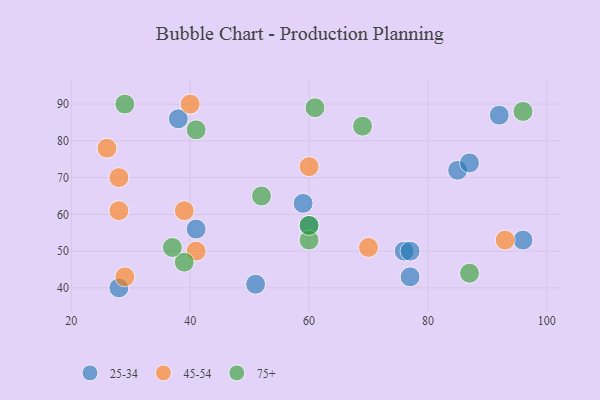
{"axis": {"x": "GDP", "y": "Life Expectancy"}, "legend": ["25-34", "45-54", "75+"], "data": [{"x": "38", "y": 86, "type": "25-34"}, {"x": "51", "y": 41, "type": "25-34"}, {"x": "60", "y": 57, "type": "25-34"}, {"x": "92", "y": 87, "type": "25-34"}, {"x": "76", "y": 50, "type": "25-34"}, {"x": "96", "y": 53, "type": "25-34"}, {"x": "85", "y": 72, "type": "25-34"}, {"x": "41", "y": 56, "type": "25-34"}, {"x": "59", "y": 63, "type": "25-34"}, {"x": "77", "y": 50, "type": "25-34"}, {"x": "87", "y": 74, "type": "25-34"}, {"x": "28", "y": 40, "type": "25-34"}, {"x": "77", "y": 43, "type": "25-34"}, {"x": "70", "y": 51, "type": "45-54"}, {"x": "29", "y": 43, "type": "45-54"}, {"x": "60", "y": 73, "type": "45-54"}, {"x": "41", "y": 50, "type": "45-54"}, {"x": "93", "y": 53, "type": "45-54"}, {"x": "40", "y": 90, "type": "45-54"}, {"x": "39", "y": 61, "type": "45-54"}, {"x": "28", "y": 61, "type": "45-54"}, {"x": "26", "y": 78, "type": "45-54"}, {"x": "28", "y": 70, "type": "45-54"}, {"x": "52", "y": 65, "type": "75+"}, {"x": "96", "y": 88, "type": "75+"}, {"x": "29", "y": 90, "type": "75+"}, {"x": "87", "y": 44, "type": "75+"}, {"x": "41", "y": 83, "type": "75+"}, {"x": "39", "y": 47, "type": "75+"}, {"x": "37", "y": 51, "type": "75+"}, {"x": "69", "y": 84, "type": "75+"}, {"x": "61", "y": 89, "type": "75+"}, {"x": "60", "y": 53, "type": "75+"}, {"x": "60", "y": 57, "type": "75+"}]}